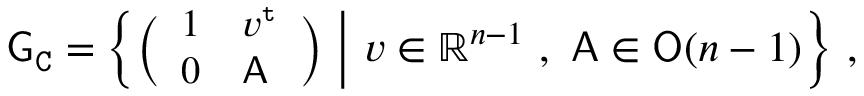
{ \mathsf { G } } _ { \mathtt { C } } = \Big \{ { \small \bigg ( \begin{array} { l l } { 1 } & { v ^ { \mathtt { t } } } \\ { 0 } & { { \mathsf { A } } } \end{array} \bigg ) } \normalsize \ \Big | \ v \in \mathbb { R } ^ { n - 1 } \ , \ { \mathsf { A } } \in { \mathsf { O } } ( n - 1 ) \Big \} \ ,